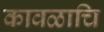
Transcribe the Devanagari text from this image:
कावळाचि